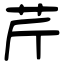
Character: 芹